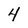
Character: 4